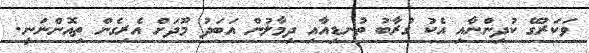
ވަކަރުގޭ ކުދިންނާއި އެކު ގުރާބު ތުނޑިއާއި ދިމާލުން އަބަދު މޫދަށް އެރިިގެން ތިއޮންނަނީ.